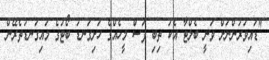
"ޑައިވަރުންނަށް ވަނީ ބެލްޓާ އެކު ތިބި ފަސް މީހެއްގެ ހަށިގަނޑު ބޯޓުގެ މައިގަނޑުތެރޭން